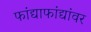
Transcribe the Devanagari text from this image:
फांद्याफांद्यांवर